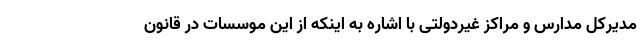
مدیرکل مدارس و مراکز غیردولتی با اشاره به اینکه از این موسسات در قانون